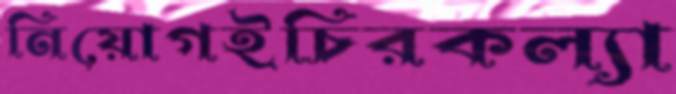
নিয়োগইচিরকল্যা